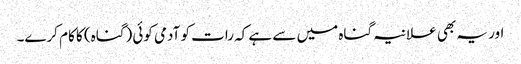
اور یہ بھی علانیہ گناہ میں سے ہے کہ رات کو آدمی کوئی (گناہ) کا کام کرے۔